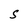
Character: S